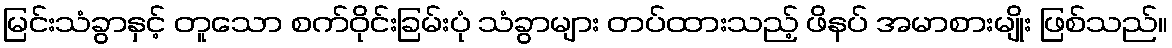
မြင်းသံခွာနှင့် တူသော စက်ဝိုင်းခြမ်းပုံ သံခွာများ တပ်ထားသည့် ဖိနပ် အမာစားမျိုး ဖြစ်သည်။